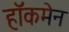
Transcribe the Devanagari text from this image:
हाॅकमेन